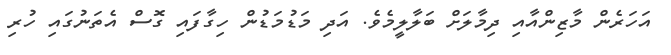
އަހަރެން މާޒިންއާއި ދިމާލަށް ބަލާލީމެވެ. އަދި މަޑުމަޑުން ހިގާފައި ގޮސް އެތަނުގައި ހުރި